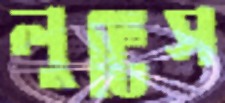
লুটিস